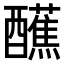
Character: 𫑿